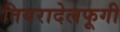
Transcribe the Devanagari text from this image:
तियरादेलफूगी